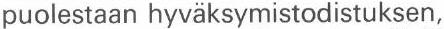
puolestaan hyväksymistodistuksen,